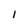
Character: i